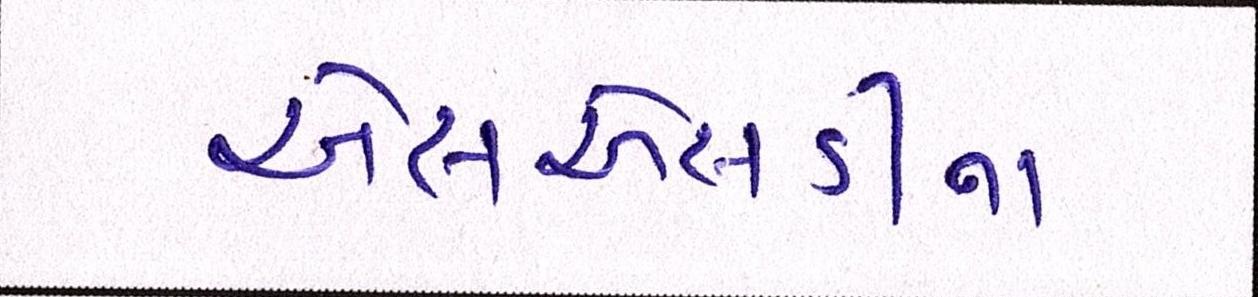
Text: એસએસડીના